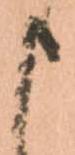
申